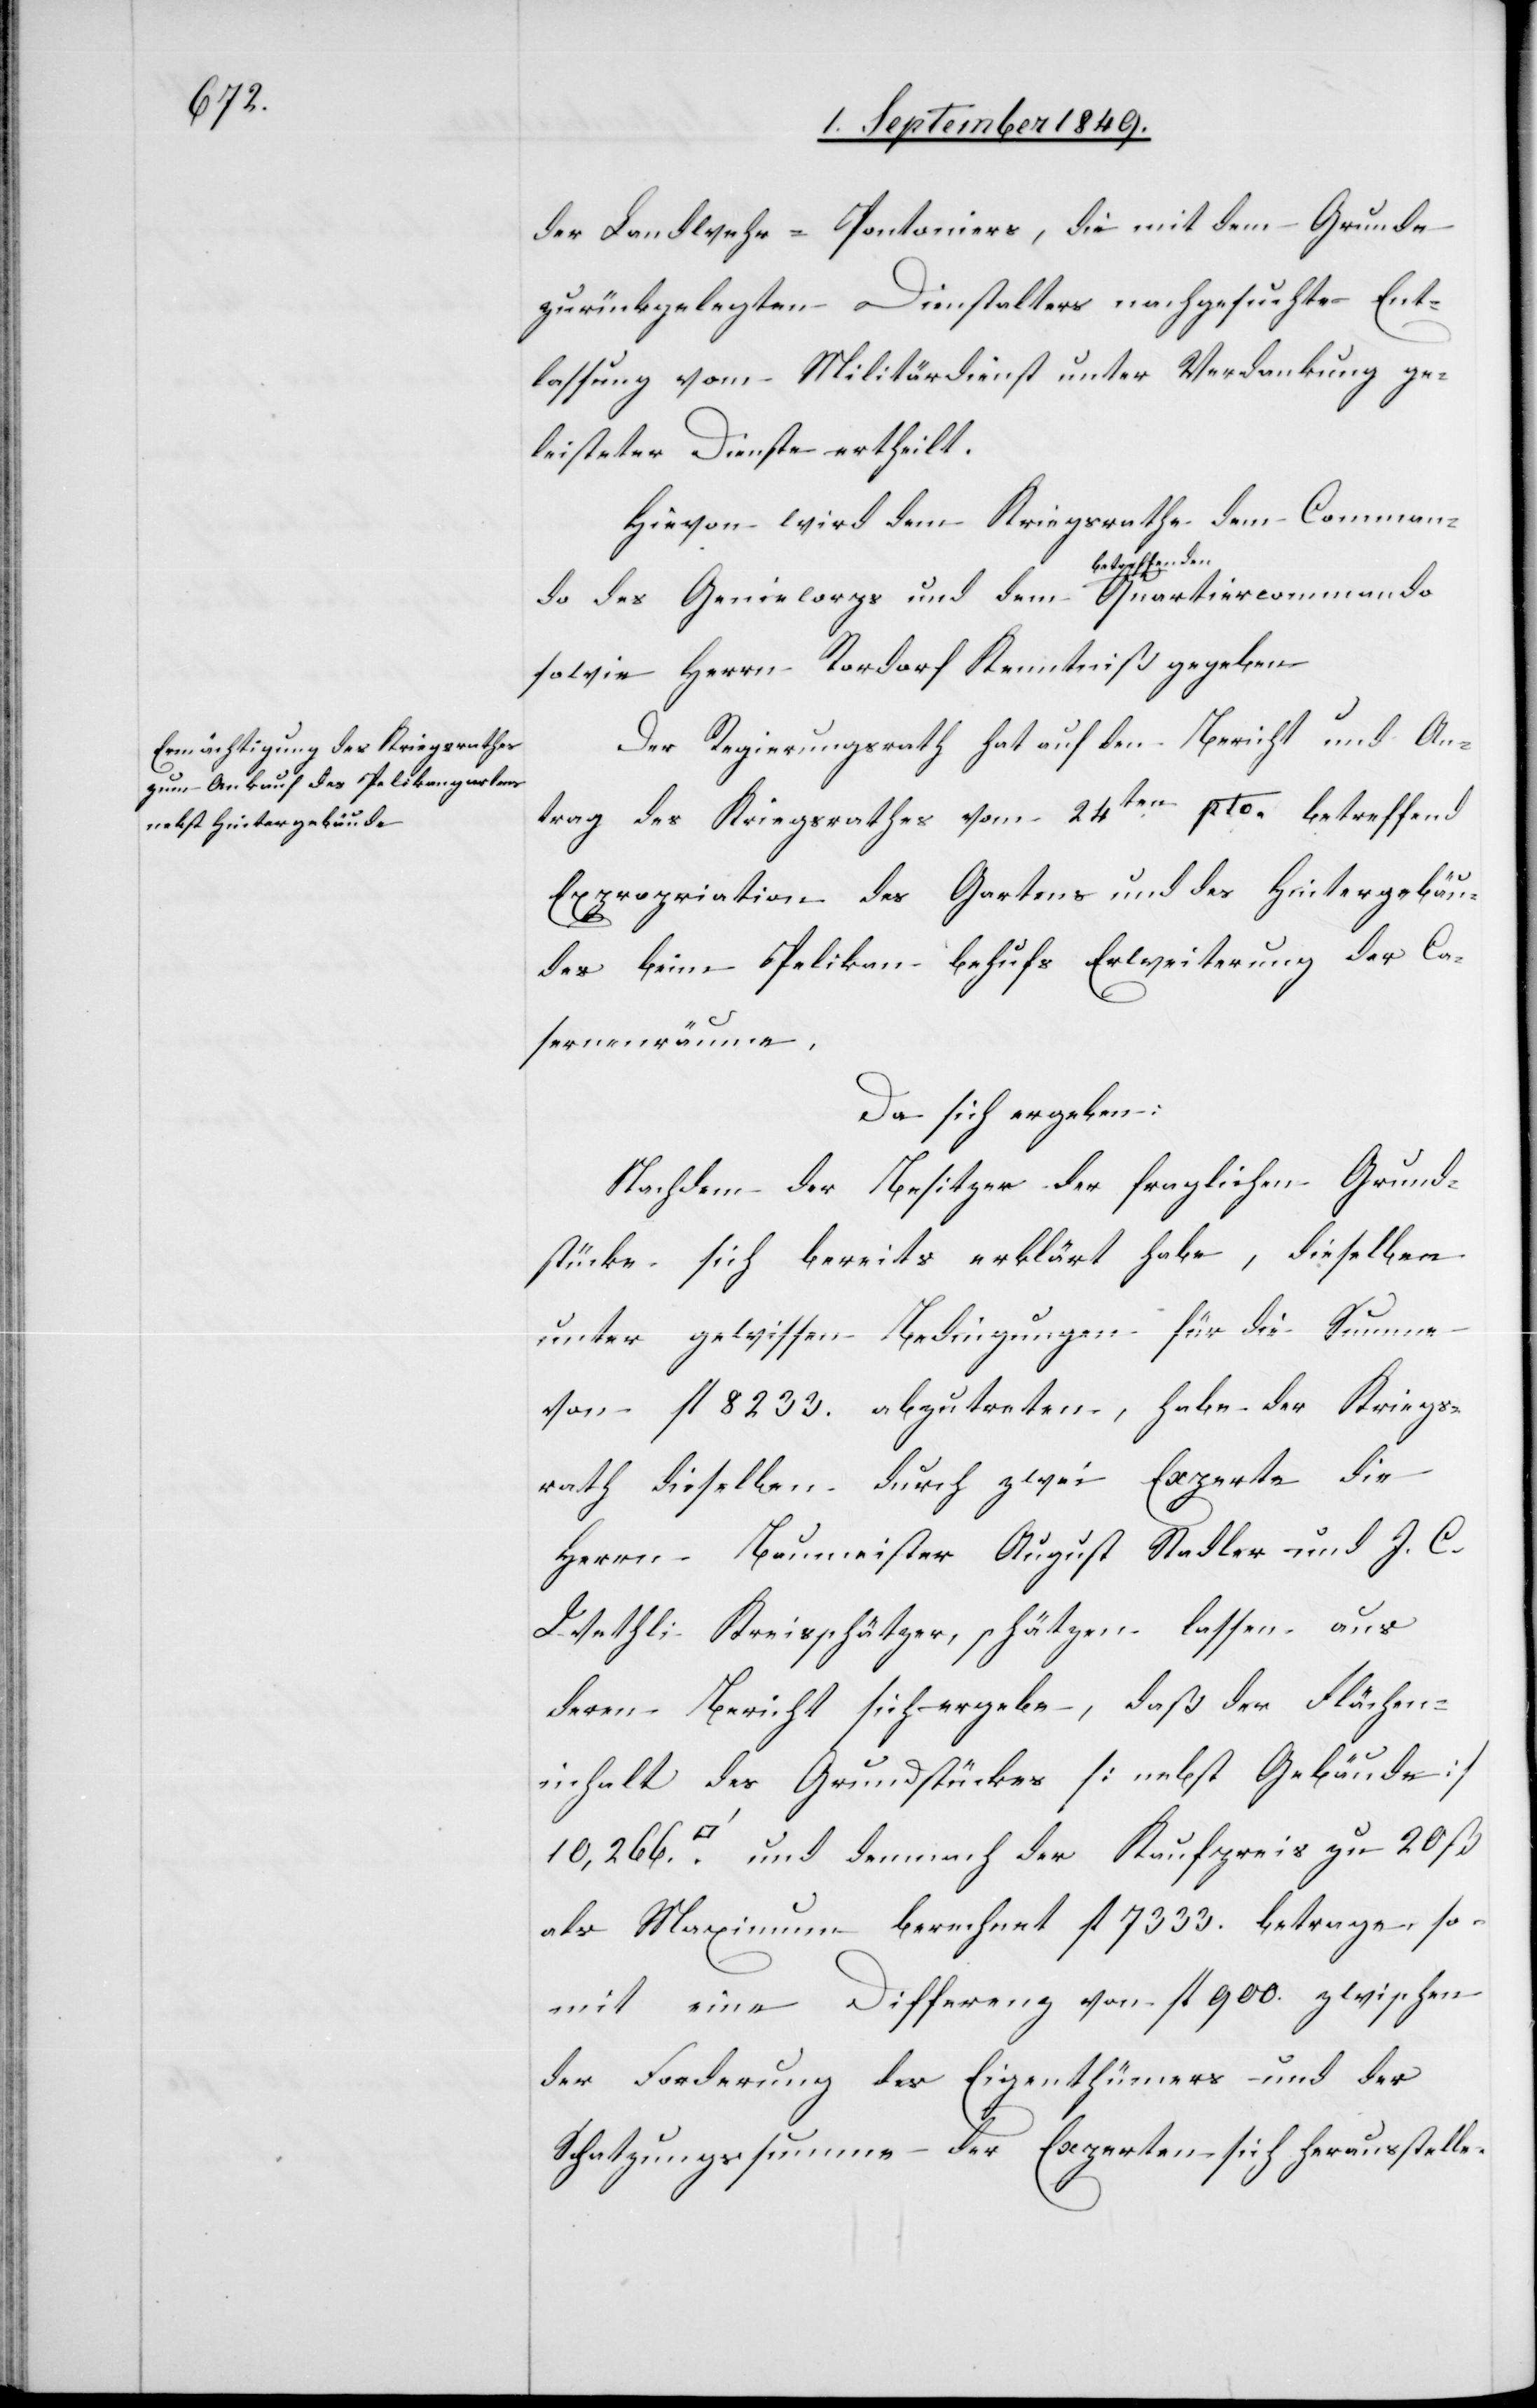
der Landwehr-Pontoniers, die mit dem Grunde
zurückgelegten Dienstalters nachgesuchte Ent¬
lassung vom Militärdienst unter Verdankung ge¬
leisteter Dienste ertheilt.
Hievon wird dem Kriegsrathe[,] dem Commando
sowie Herrn Rordorf Kenntniß gegeben.
Der Regierungsrath hat auf den Bericht und An¬
trag des Kriegsrathes vom 24ten pto. betreffend
Expropriation des Gartens und des Hintergebäu¬
des beim Pelikan behufs Erweiterung der Ca¬
sernenräume.
Da sich ergeben:
Nachdem der Besitzer der fraglichen Grund¬
stücke sich bereits erklärt habe, dieselben
unter gewissen Bedingungen für die Summe
von fl. 8233. abzutreten, habe der Kriegs¬
und
rath dieselben durch zwei Experte die
Herrn Baumeister August Stadler und J. C.
Wethli Kreisschätzer, schätzen lassen aus
deren Bericht sich ergebe, daß der Flächen¬
inhalt des Grundstückes [nebst Gebäude]
[Quadratfuss] und demnach der Kaufpreis zu 20 ß
als Maximum berechnet fl. 7333. betrage, so¬
mit eine Differenz von fl. 900. zwischen
der Forderung des Eigenthümers und der
Schatzungssumme der Experten sich herausstelle.